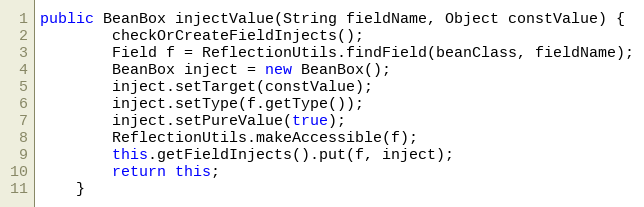
Language: Java
public BeanBox injectValue(String fieldName, Object constValue) {
		checkOrCreateFieldInjects();
		Field f = ReflectionUtils.findField(beanClass, fieldName);
		BeanBox inject = new BeanBox();
		inject.setTarget(constValue);
		inject.setType(f.getType());
		inject.setPureValue(true);
		ReflectionUtils.makeAccessible(f);
		this.getFieldInjects().put(f, inject);
		return this;
	}